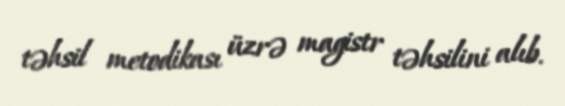
təhsil metodikası üzrə magistr təhsilini alıb.